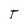
Character: T